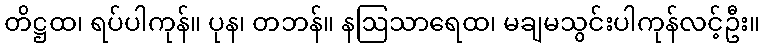
တိဋ္ဌထ၊ ရပ်ပါကုန်။ ပုန၊ တဘန်။ နဩသာရေထ၊ မချမသွင်းပါကုန်လင့်ဦး။